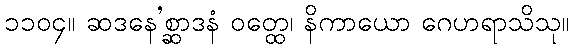
၁၁၀၄။ ဆဒနေ’စ္ဆာဒနံ ဝတ္ထေ၊ နိကာယော ဂေဟရာသိသု။